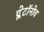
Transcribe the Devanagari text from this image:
प्लेटॉनोव